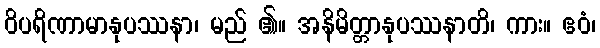
ဝိပရိဏာမာနုပဿနာ၊ မည် ၏။ အနိမိတ္တာနုပဿနာတိ၊ ကား။ ဧဝံ၊